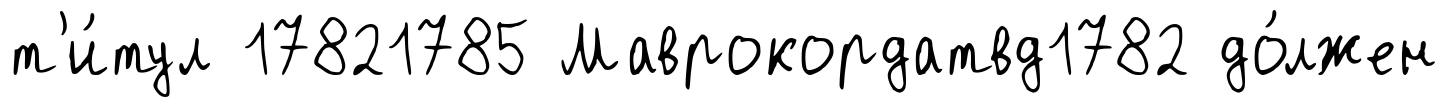
т'и́тул 17821785 Маврокордатвд1782 до́лжен